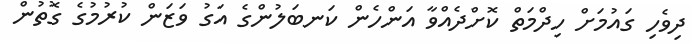
ދިވެހި ގައުމަށް ހިދްމަތް ކޮށްދެއްވާ އަންހެން ކަނބަލުންގެ އަގު ވަޒަން ކުރުމުގެ ގޮތުން